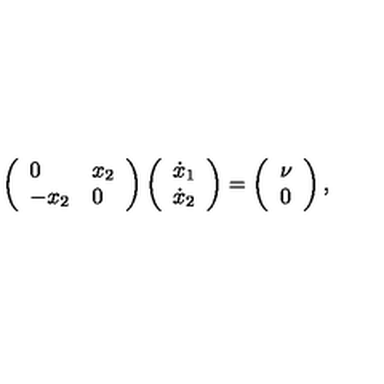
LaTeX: \left( \begin{array} { l l } { 0 } & { x _ { 2 } } \\ { - x _ { 2 } } & { 0 } \\ \end{array} \right) \left( \begin{array} { l } { \dot { x } _ { 1 } } \\ { \dot { x } _ { 2 } } \\ \end{array} \right) = \left( \begin{array} { l } { \nu } \\ { 0 } \\ \end{array} \right) ,